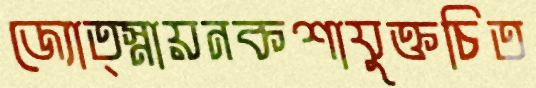
জ্যোত্স্নায়নকশাযুক্তচিত